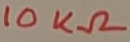
Text: 10KΩ